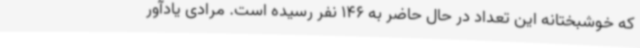
که خوشبختانه این تعداد در حال حاضر به 146 نفر رسیده است. مرادی یادآور